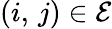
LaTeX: (i,\, j)\in\mathcal{E}